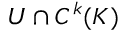
U \cap C ^ { k } ( K )